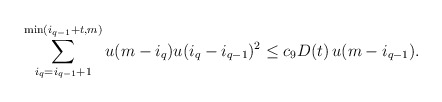
\begin{align*}\sum_{i_q=i_{q-1}+1}^{\min(i_{q-1}+t, m)} u(m - i_{q}) u(i_q-i_{q-1})^2 \leq c_9 D(t)\, u(m- i_{q-1}).\end{align*}